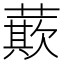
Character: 𮑡